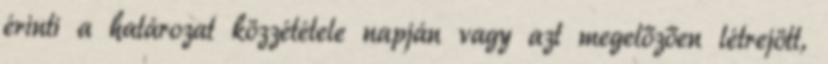
érinti a határozat közzététele napján vagy azt megelőzően létrejött,